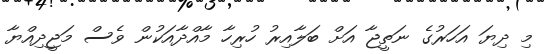
މި ދިޔަ އަހަރުގެ ނަތީޖާ އަށް ބަލާއިރު ހުރިހާ މާއްދާއަކުން ވެސް މަޖީދިއްޔާ